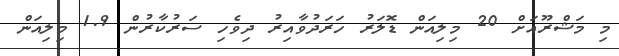
މި މަޝްރޫއަށް 20 މިލިއަން ޑޮލަރު ހަރަދުވާއިރު ދިވެހި ސަރުކާރުން 1.9 މިލިއަން